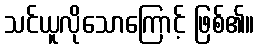
သင်ယူလိုသောကြောင့် ဖြစ်၏။